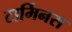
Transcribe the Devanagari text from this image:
टार्मिनस